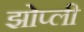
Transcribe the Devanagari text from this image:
झोप्ली